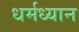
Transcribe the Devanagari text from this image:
धर्मध्यान